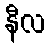
နီလ